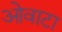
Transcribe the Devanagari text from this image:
ओवाटा